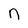
Character: n